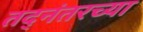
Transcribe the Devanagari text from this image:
तद्नंतरच्या